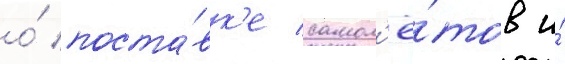
о́ поста́вк'е самол'ё́тов и́